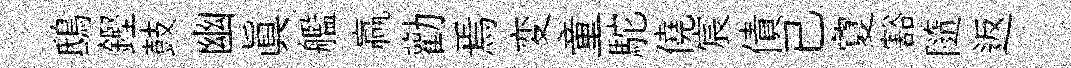
鴟鏗鼓幽真艦贏勸焉変童駝僥宸債已夐豁隨返